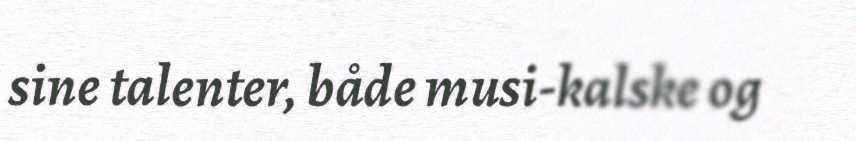
sine talenter, både musi-kalske og